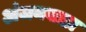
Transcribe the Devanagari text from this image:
अंजनवाडा